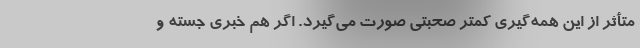
متأثر از این همه‌گیری کمتر صحبتی صورت می‌گیرد. اگر هم خبری جسته و